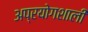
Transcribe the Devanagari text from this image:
अप्रयोगशाली